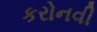
કરોનવી